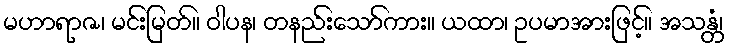
မဟာရာဇ၊ မင်းမြတ်။ ဝါပန၊ တနည်းသော်ကား။ ယထာ၊ ဥပမာအားဖြင့်။ အသန္တံ၊